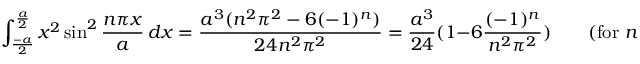
\int _ { \frac { - a } { 2 } } ^ { \frac { a } { 2 } } x ^ { 2 } \sin ^ { 2 } { \frac { n \pi x } { a } } \, d x = { \frac { a ^ { 3 } ( n ^ { 2 } \pi ^ { 2 } - 6 ( - 1 ) ^ { n } ) } { 2 4 n ^ { 2 } \pi ^ { 2 } } } = { \frac { a ^ { 3 } } { 2 4 } } ( 1 - 6 { \frac { ( - 1 ) ^ { n } } { n ^ { 2 } \pi ^ { 2 } } } ) \qquad { \mathrm { ( f o r ~ } } n = 1 , 2 , 3 , . . . { \mathrm { ) } }